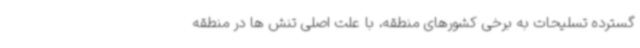
گسترده تسلیحات به برخی کشورهای منطقه، با علت اصلی تنش ها در منطقه